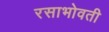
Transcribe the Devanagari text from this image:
रसाभोवती